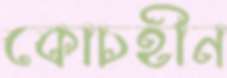
কোচহীন